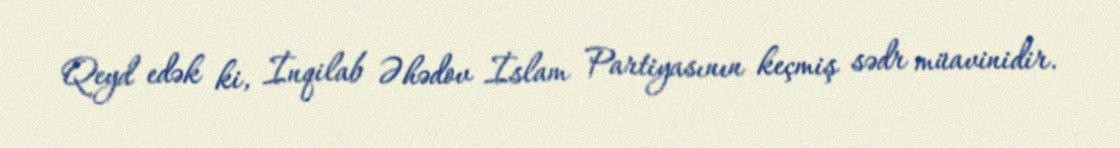
Qeyd edək ki, İnqilab Əhədov İslam Partiyasının keçmiş sədr müavinidir.